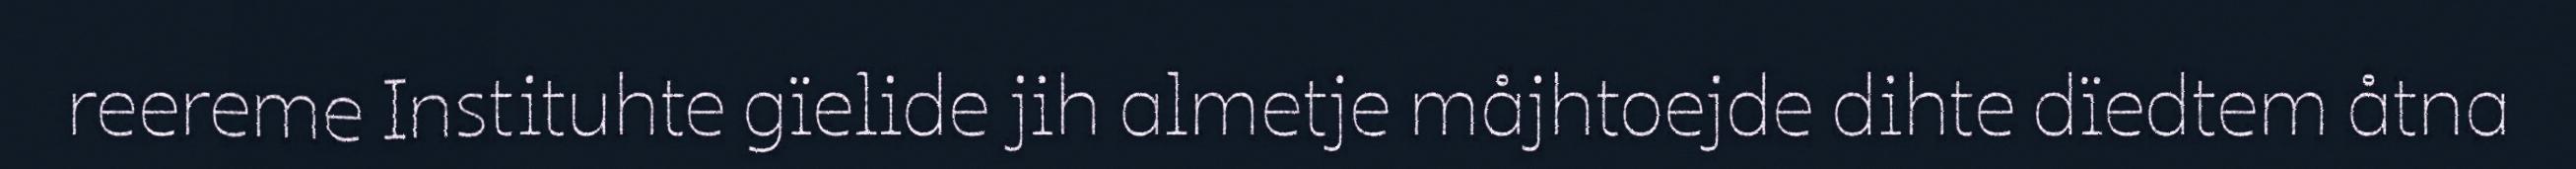
reereme Instituhte gïelide jih almetje måjhtoejde dihte dïedtem åtna